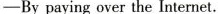
-By paying over the Internet.